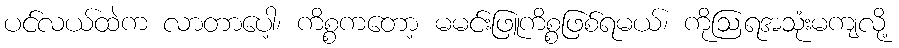
ပင်လယ်ထဲက လာတာပေါ့၊ ကိစ္စကတော့ မမင်းဖြူကိစ္စဖြစ်ရမယ်၊ ကိုဩရအသုံးမကျလို့